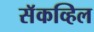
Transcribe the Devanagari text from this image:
सॅकव्हिल